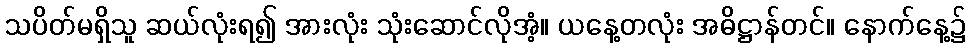
သပိတ်မရှိသူ ဆယ်လုံးရ၍ အားလုံး သုံးဆောင်လိုအံ့။ ယနေ့တလုံး အဓိဋ္ဌာန်တင်။ နောက်နေ့၌